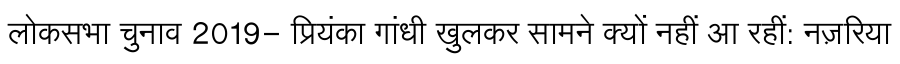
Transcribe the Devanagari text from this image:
लोकसभा चुनाव 2019- प्रियंका गांधी खुलकर सामने क्यों नहीं आ रहीं: नज़रिया